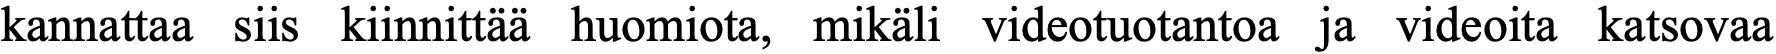
kannattaa siis kiinnittää huomiota, mikäli videotuotantoa ja videoita katsovaa